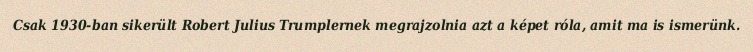
Csak 1930-ban sikerült Robert Julius Trumplernek megrajzolnia azt a képet róla, amit ma is ismerünk.